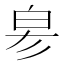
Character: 𤽖